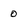
Character: 0